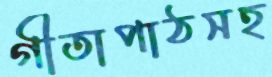
গীতাপাঠসহ